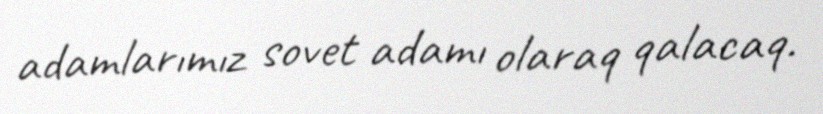
adamlarımız sovet adamı olaraq qalacaq.